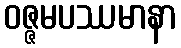
ဝဇ္ဇမပဿမာနာ